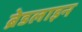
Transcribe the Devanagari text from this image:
ब्रेडलाइन